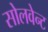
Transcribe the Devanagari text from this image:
सोलवेन्ट